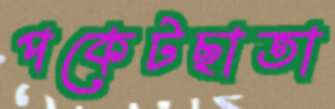
পকেটছাতা